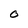
Character: O